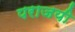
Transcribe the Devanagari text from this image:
पराजयी